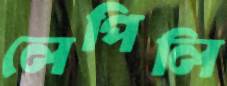
লেপিলি